Vaccination in Bombay 1902-1912 - 1902-1912
Year: 1902
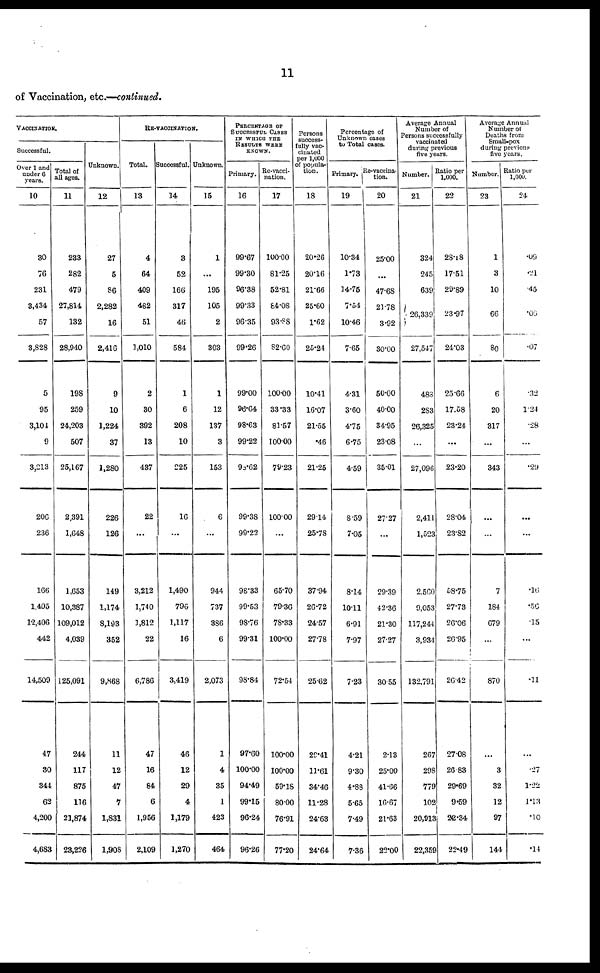
11
of Vaccination, etc.—continued.
VACCINATION.
Successful.
Over 1 and
under 6
years.
10
30
76
231
3,434
57
3,828
5
95
3,104
9
3,213
206
236
166
1,495
12,406
442
14,509
47
30
344
62
4,200
4,683
Total of
all ages.
11
233
282
479
27,814
132
28,940
198
259
24,203
507
25,167
2,391
1,648
1,653
10,387
109,012
4,039
125,091
244
117
875
116
21,874
23,226
Unknown.
12
27
5
86
2,282
16
2,416
9
10
1,224
37
1,280
226
126
149
1,174
8,193
352
9,868
11
12
47
7
1,831
1,908
RE-VACCINATION.
Total.
13
4
64
409
482
51
1,010
2
30
392
13
437
22
...
3,212
1,740
1,812
22
6,786
47
16
84
6
1,956
2,109
Successful.
14
3
52
166
317
46
584
1
6
208
10
225
16
...
1,490
796
1,117
16
3,419
46
12
29
4
1,179
1,270
Unknown.
15
1
...
195
105
2
303
1
12
137
3
153
6
...
944
737
386
6
2,073
1
4
35
1
423
464
PERCENTAGE OF
SUCCESSFUL CASES
IN WHICH THE
RESULTS WERE
KNOWN.
Primary.
16
99.67
99.30
96.38
99.33
96.35
99.26
99.00
96.64
98.63
99.22
98.62
99.38
99.22
98.33
99.53
98.76
99.31
98.84
97.60
100.00
94.49
99.15
96.24
96.26
Re-vacci-
nation.
17
100.00
81.25
52.81
84.08
93.88
82.60
100.00
33.33
81.57
100.00
79.23
100.00
...
65.70
79.36
78.33
100.00
72.54
100.00
100.00
59.18
80.00
76.91
77.20
Persons
success¬
fully vac-
cinated
per 1,000
of popula-
tion.
18
20.26
20.16
21.66
25.60
1.62
25.24
10.41
16.07
21.55
.46
21.25
29.14
25.78
37.94
26.72
24.57
27.78
25.62
29.41
11.61
34.46
11.28
24.63
24.64
Percentage of
Unknown cases
to Total cases.
Primary.
19
10.34
1.73
14.75
7.54
10.46
7.65
4.31
3.60
4.75
6.75
4.59
8.59
7.05
8.14
10.11
6.91
7.97
7.23
4.21
9.30
4.88
5.65
7.49
7.36
Re-vaccina¬
tion.
20
25.00
...
47.68
21.78
3.92
30.00
50.00
40.00
34.95
23.08
35.01
27.27
...
29.39
42.36
21.30
27.27
30.55
2.13
25.00
41.66
16.67
21.63
22.00
Average Annual
Number of
Persons successfully
vaccinated
during previous
five yews.
Number.
21
324
245
639
26,339
27,547
488
283
26,325
...
27,096
2,411
1,523
2.560
9,053
117,244
3,934
132,791
267
298
779
102
20,913
22,359
Ratio per
1,000.
22
28.18
17.51
29.89
23.97
24.03
25.66
17.58
23.24
...
23.20
28.04
23.82
58.75
27.73
26.06
26.95
26.42
27.08
26.83
29.69
9.59
22.34
22.49
Average Annual
Number of
Deaths from
Small-pox
during previous
five years.
Number.
23
1
3
10
66
80
6
20
317
...
343
...
...
7
184
679
...
870
...
3
32
12
97
144
Ratio per
1,000. 24
.09
.21
.45
.06
.07
.32
1.24
.28
...
.29
...
...
.16
.56
.15
...
.11
...
.27
1.22
1.13
.10
.14